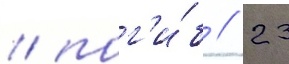
/ пог'и́б // 23